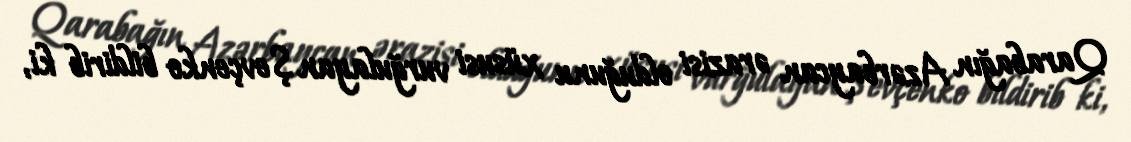
Qarabağın Azərbaycan ərazisi olduğunu xüsusi vurğulayan Şevçenko bildirib ki,